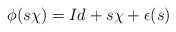
\begin{align*}\phi(s\chi)=Id+s\chi+\epsilon(s)\end{align*}